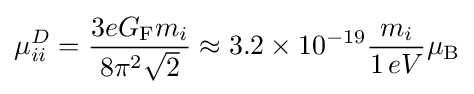
\mu _{ii}^{D}={\frac {3eG_{\text{F}}m_{i}}{8\pi ^{2}{\sqrt {2}}}}\approx 3.2\times 10^{-19}{\frac {m_{i}}{1\,eV}}\mu _{\text{B}}